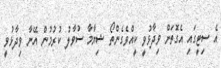
އެ ސިޓީގައި އެގޮތަށް ވިދާޅުވީ ކީއްވެގެންތޯ ޝިޔާމާ ސުވާލު ކުރުމުން އޭނާ ވިދާޅުވީ